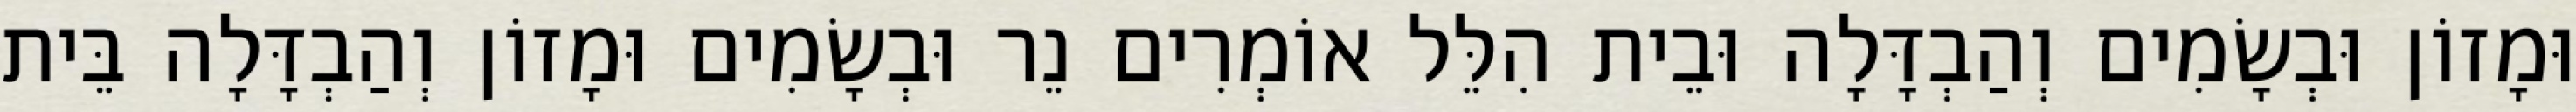
וּמָזוֹן וּבְשָׂמִים וְהַבְדָּלָה וּבֵית הִלֵּל אוֹמְרִים נֵר וּבְשָׂמִים וּמָזוֹן וְהַבְדָּלָה בֵּית